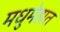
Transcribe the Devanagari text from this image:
मधुमेहात